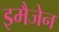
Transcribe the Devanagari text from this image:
इमैजेन